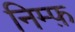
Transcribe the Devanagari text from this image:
निम्फ़